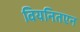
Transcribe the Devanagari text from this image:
वियनितएन